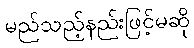
မည်သည့်နည်းဖြင့်မဆို